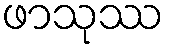
ဖာသုဿ